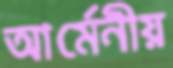
আর্মেনীয়